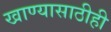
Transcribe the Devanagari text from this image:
खाण्यासाठीही